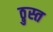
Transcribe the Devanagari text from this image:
ठ्रुस्त